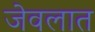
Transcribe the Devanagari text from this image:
जेवलात